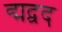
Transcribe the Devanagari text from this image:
द्मद्वद